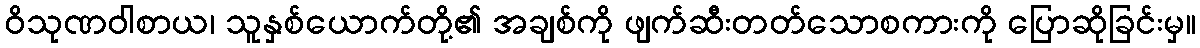
ဝိသုဏဝါစာယ၊ သူနှစ်ယောက်တို့၏ အချစ်ကို ဖျက်ဆီးတတ်သောစကားကို ပြောဆိုခြင်းမှ။